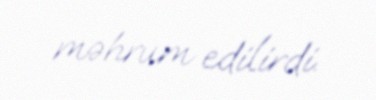
məhrum edilirdi.